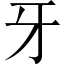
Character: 牙